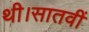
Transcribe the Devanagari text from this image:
थी।सातवीं